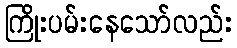
ကြိုးပမ်းနေသော်လည်း